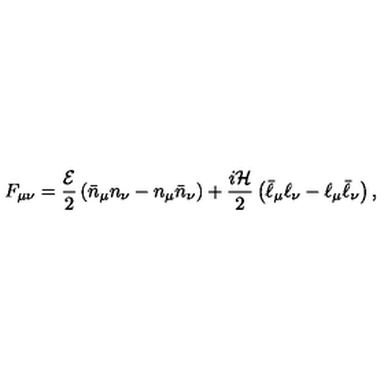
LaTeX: F _ { \mu \nu } = \frac { { \cal E } } { 2 } \left( \bar { n } _ { \mu } n _ { \nu } - n _ { \mu } \bar { n } _ { \nu } \right) + \frac { i { \cal H } } { 2 } \left( \bar { \ell } _ { \mu } \ell _ { \nu } - \ell _ { \mu } \bar { \ell } _ { \nu } \right) ,